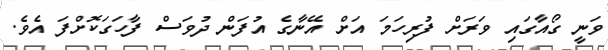
ވަނީ ގޯއާގައި ވަރަށް ފުރިހަމަ އަށް އޭނާގެ އުފަން ދުވަސް ފާހަގަކޮށްފަ އެވެ.